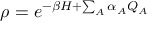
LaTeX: \rho = e ^ { - \beta H + \sum _ { A } \alpha _ { A } Q _ { A } }